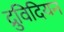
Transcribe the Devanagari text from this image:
द्रुविदियन